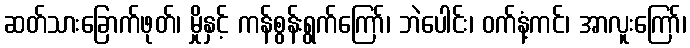
ဆတ်သားခြောက်ဖုတ်၊ မှိုနှင့် ကန်စွန်းရွက်ကြော်၊ ဘဲပေါင်း၊ ဝက်နံ့ကင်၊ အာလူးကြော်၊